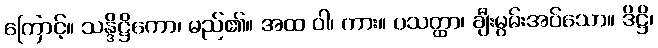
ကြောင့်။ သန္ဒိဋ္ဌိကော၊ မည်၏။ အထ ဝါ၊ ကား။ ပသတ္ထာ၊ ချီးမွမ်းအပ်သော။ ဒိဋ္ဌိ၊